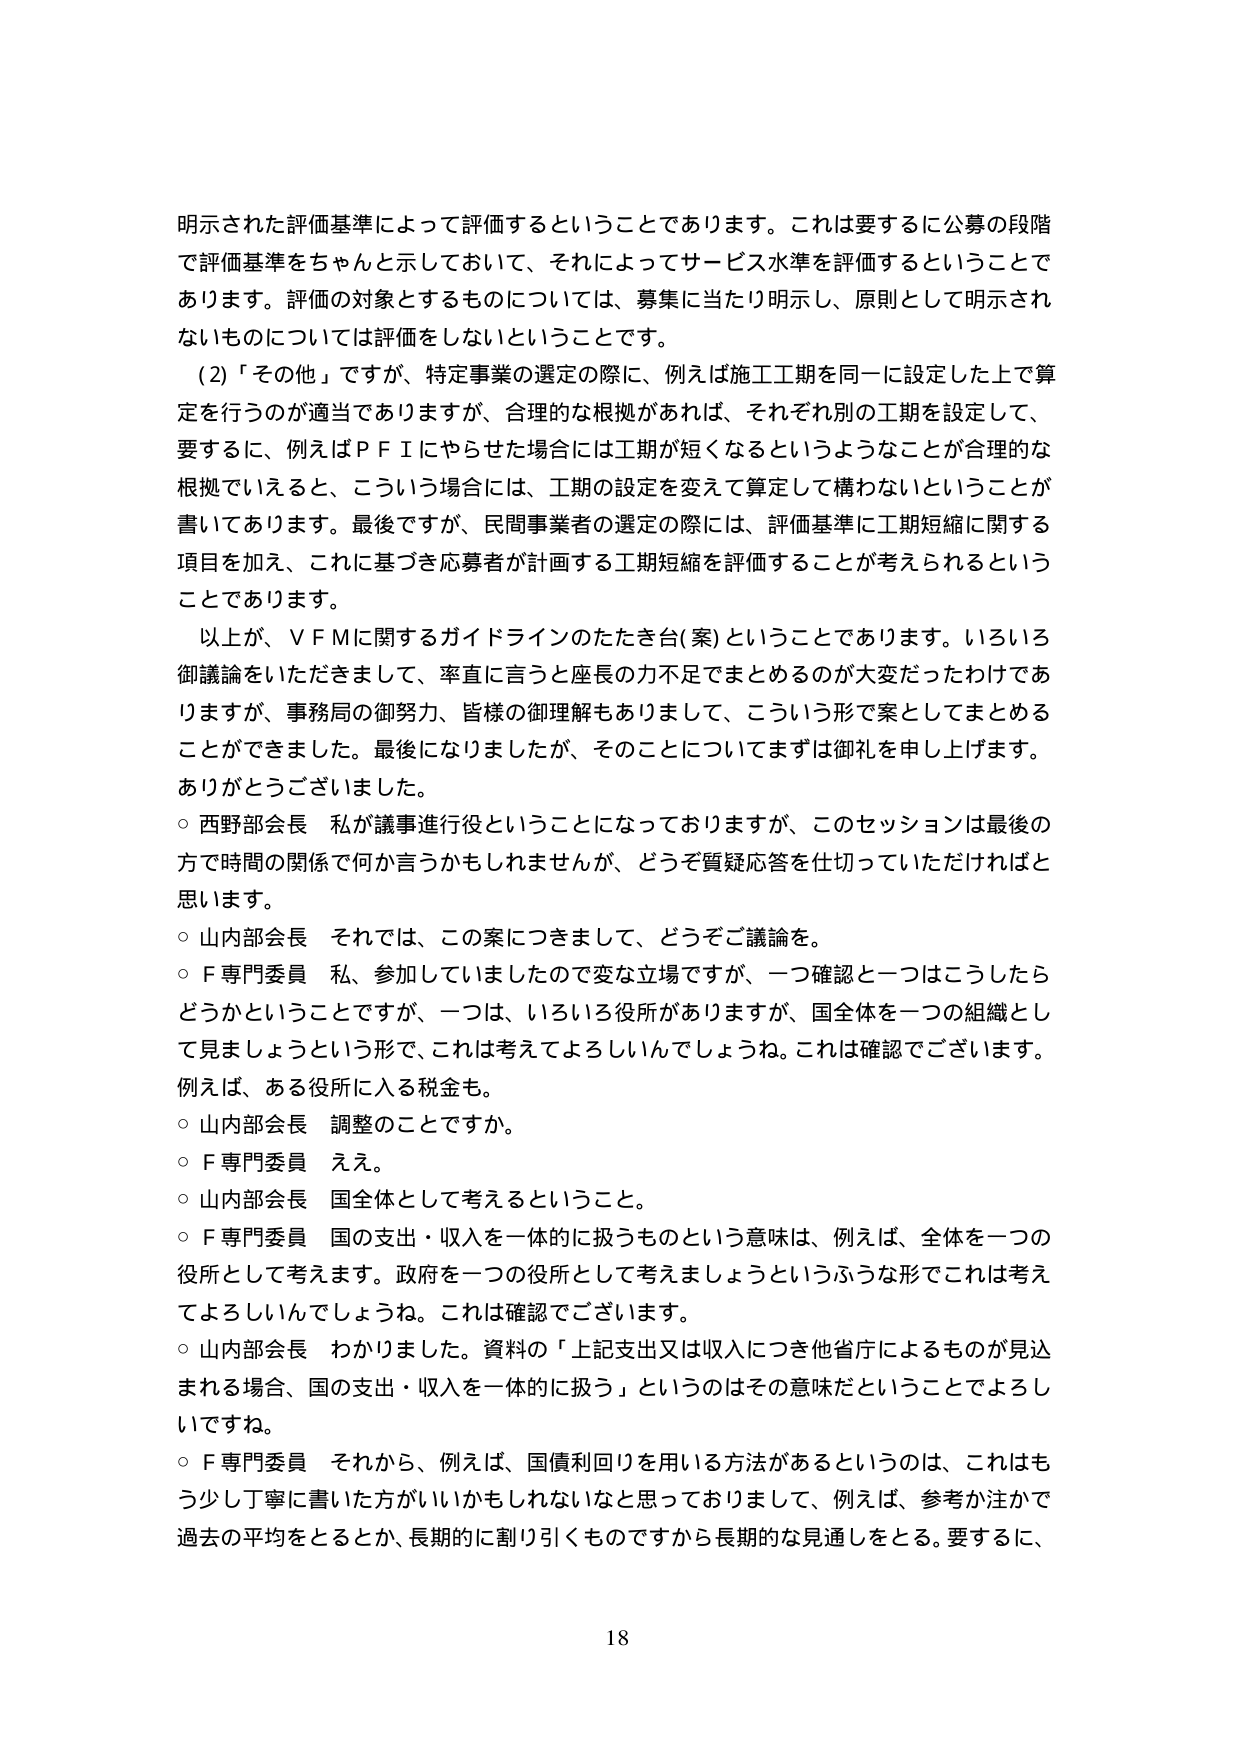
明示された評価基準によって評価するということであります。これは要するに公募の段階で評価基準をちゃんと示しておいて、それによってサービス水準を評価するということであります。評価の対象とするものについては、募集に当たり明示し、原則として明示されないものについては評価をしないということです。

（2）「その他」ですが、特定事業の選定の際に、例えば施工工期を同一に設定した上で算定を行うのが適当でありますが、合理的な根拠があれば、それぞれ別の工期を設定して、要するに、例えばＰＦＩにやらせた場合には工期が短くなるというようなことが合理的な根拠でいえると、こういう場合には、工期の設定を変えて算定して構わないということが書いてあります。最後ですが、民間事業者の選定の際には、評価基準に工期短縮に関する項目を加え、これに基づき応募者が計画する工期短縮を評価することが考えられるということです。

以上が、ＶＦＭに関するガイドラインのたたき台（案）ということであります。いろいろ御議論をいただきまして、率直に言うと座長の力不足でまとめるのが大変だったわけではありますが、事務局の御努力、皆様の御理解もありまして、こういう形で案としてまとめることが出来ました。最後になりましたが、そのことについてまずは御礼を申し上げます。ありがとうございました。

○ 西野部会長 私が議事進行役ということになっておりますが、このセッションは最後の方で時間の関係で何か言うかもしれませんが、どうぞ質疑応答を仕切っていただければと思います。

○ 山内部会長 それでは、この案につきまして、どうぞご議論を。

○ Ｆ専門委員 私、参加していましたので変な立場ですが、一つ確認と一つはこうしたらどうかということですが、一つは、いろいろ役所がありますが、国全体を一つの組織として見ましょうという形で、これは考えてよろしいんでしょうね。これは確認でございます。例えば、ある役所に入る税金も。

○ 山内部会長 調整のことですか。

○ Ｆ専門委員 ええ。

○ 山内部会長 国全体として考えるということ。

○ Ｆ専門委員 国の支出・収入を一体的に扱うものという意味は、例えば、全体を一つの役所として考えます。政府を一つの役所として考えましょうというふうな形でこれは考えてよろしいんでしょうね。これは確認でございます。

○ 山内部会長 わかりました。資料の「上記支出又は収入につき他省庁によるものが見込まれる場合、国の支出・収入を一体的に扱う」というのはその意味だということですよね。

○ Ｆ専門委員 それから、例えば、国債利回りを用いる方法があるというのは、これはもう少し丁寧に書いた方がいいかもしれないなと思っておりまして、例えば、参考か注かで過去の平均をとるとか、長期的に割り引くものですから長期的な見通しをとる。要するに、

18